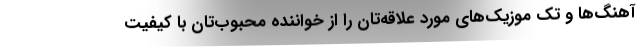
آهنگ‌ها و تک موزیک‌های مورد علاقه‌تان را از خواننده محبوب‌تان با کیفیت